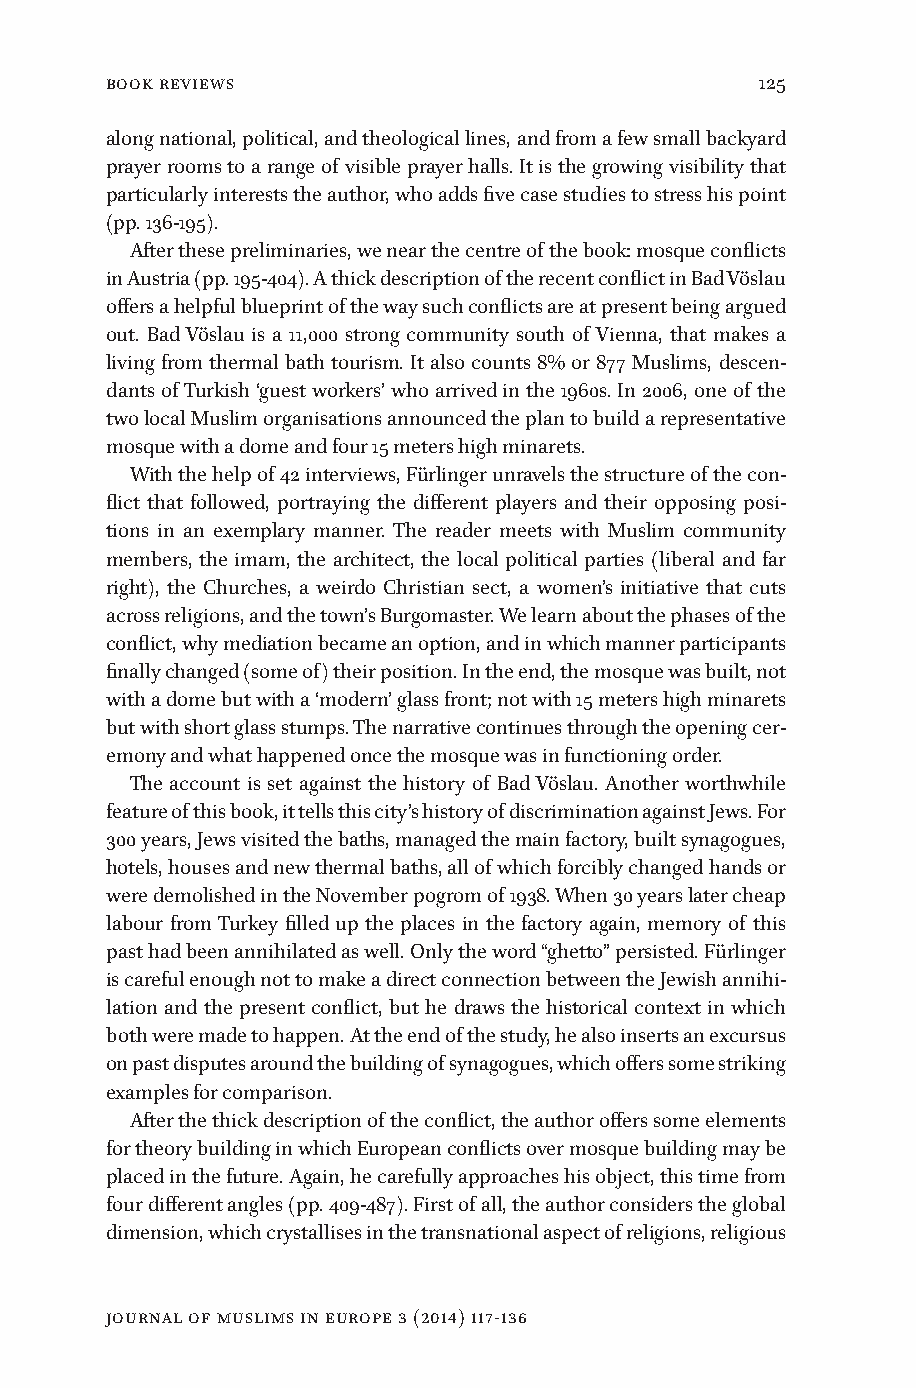
book reviews                               125
 along national, political, and theological lines, and from a few small backyard
 prayer rooms to a range of visible prayer halls. It is the growing visibility that
 particularly interests the author, who adds five case studies to stress his point
 (pp. 136-195).
 After these preliminaries, we near the centre of the book: mosque conflicts
 in Austria (pp. 195-404). A thick description of the recent conflict in Bad Vöslau
 offers a helpful blueprint of the way such conflicts are at present being argued
 out. Bad Vöslau is a 11,000 strong community south of Vienna, that makes a
 living from thermal bath tourism. It also counts 8% or 877 Muslims, descen-
 dants of Turkish ‘guest workers’ who arrived in the 1960s. In 2006, one of the
 two local Muslim organisations announced the plan to build a representative
 mosque with a dome and four 15 meters high minarets.
 With the help of 42 interviews, Fürlinger unravels the structure of the con-
 flict that followed, portraying the different players and their opposing posi-
 tions in an exemplary manner. The reader meets with Muslim community
 members, the imam, the architect, the local political parties (liberal and far
 right), the Churches, a weirdo Christian sect, a women’s initiative that cuts
 across religions, and the town’s Burgomaster. We learn about the phases of the
 conflict, why mediation became an option, and in which manner participants
 finally changed (some of) their position. In the end, the mosque was built, not
 with a dome but with a ‘modern’ glass front; not with 15 meters high minarets
 but with short glass stumps. The narrative continues through the opening cer-
 emony and what happened once the mosque was in functioning order.
 The account is set against the history of Bad Vöslau. Another worthwhile
 feature of this book, it tells this city’s history of discrimination against Jews. For
 300 years, Jews visited the baths, managed the main factory, built synagogues,
 hotels, houses and new thermal baths, all of which forcibly changed hands or
 were demolished in the November pogrom of 1938. When 30 years later cheap
 labour from Turkey filled up the places in the factory again, memory of this
 past had been annihilated as well. Only the word “ghetto” persisted. Fürlinger
 is careful enough not to make a direct connection between the Jewish annihi-
 lation and the present conflict, but he draws the historical context in which
 both were made to happen. At the end of the study, he also inserts an excursus
 on past disputes around the building of synagogues, which offers some striking
 examples for comparison.
 After the thick description of the conflict, the author offers some elements
 for theory building in which European conflicts over mosque building may be
 placed in the future. Again, he carefully approaches his object, this time from
 four different angles (pp. 409-487). First of all, the author considers the global
 dimension, which crystallises in the transnational aspect of religions, religious
 Journal of Muslims in Europe 3 (2014) 117-136